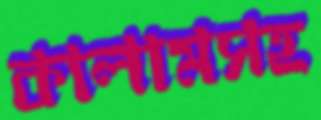
কালামসহ